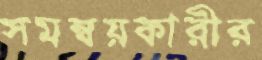
সমন্বয়কারীর